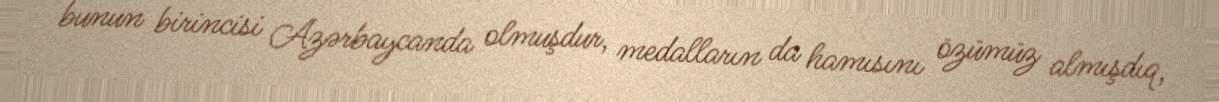
bunun birincisi Azərbaycanda olmuşdur, medalların da hamısını özümüz almışdıq,